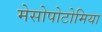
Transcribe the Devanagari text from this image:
मेसोपोटोमिया